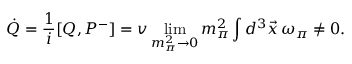
\dot { Q } = \frac { 1 } { i } [ Q , P ^ { - } ] = v \operatorname * { l i m } _ { m _ { \pi } ^ { 2 } \rightarrow 0 } m _ { \pi } ^ { 2 } \int d ^ { 3 } \vec { x } \, \omega _ { \pi } \neq 0 .